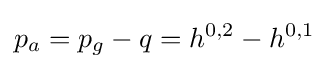
p_{a}=p_{g}-q=h^{0,2}-h^{0,1}